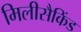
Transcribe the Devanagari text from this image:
मिलीसैकिंड